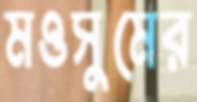
মওসুমের